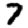
Digit: 7